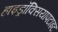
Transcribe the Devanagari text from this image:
हाइड्रॉक्सियापटाइट